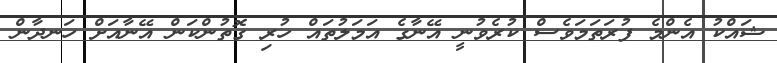
ޝައްކު އެންމެ ފުރަތަމަވެސް ކުރެވުނީ އޭނާގެ އަމަލުތައް ހުރި ގޮތުންކަން އޭނާއަށް ހަނދާން